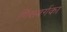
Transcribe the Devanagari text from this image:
गिंसबर्गका